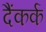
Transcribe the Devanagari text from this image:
दैंकर्क